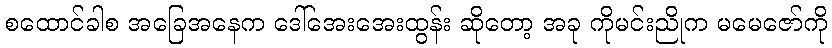
စထောင်ခါစ အခြေအနေက ဒေါ်အေးအေးထွန်း ဆိုတော့ အခု ကိုမင်းညိုက မမေဇော်ကို